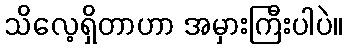
သိလေ့ရှိတာဟာ အမှားကြီးပါပဲ။